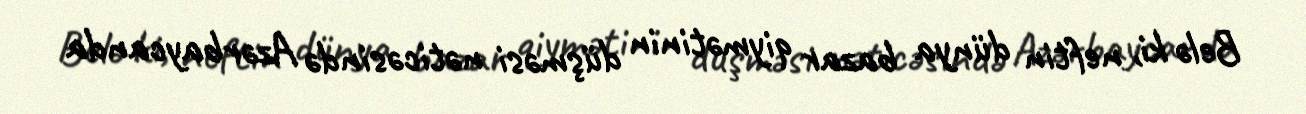
Belə ki, neftin dünya bazar qiymətinin düşməsi nəticəsində Azərbaycanda